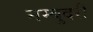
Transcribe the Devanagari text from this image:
नम्बुदरी